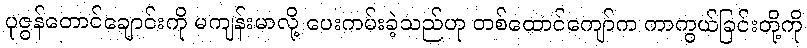
ပုဇွန်တောင်ချောင်းကို မကျန်းမာလို့ ပေးကမ်းခဲ့သည်ဟု တစ်ထောင်ကျော်က ကာကွယ်ခြင်းတို့ကို